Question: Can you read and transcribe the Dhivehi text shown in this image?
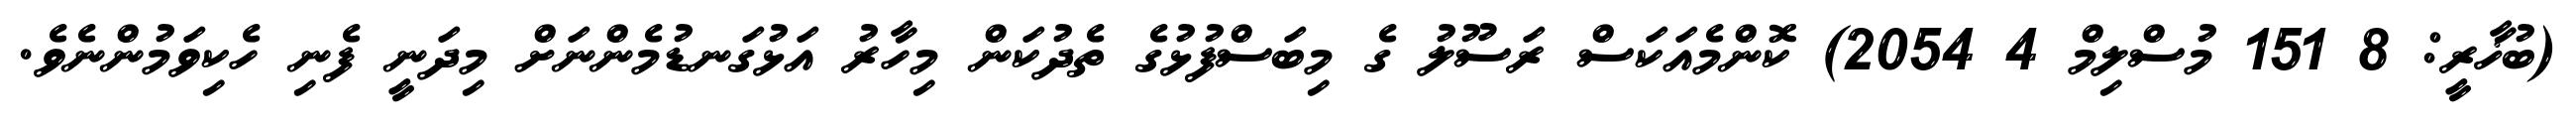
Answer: (ބުޚާރީ: 8 151 މުސްލިމް 4 2054) ކޮންމެއަކަސް ރަސޫލު ގެ މިބަސްފުޅުގެ ތެދުކަން މިހާރު އަޅުގަނޑުމެންނަށް މިދަނީ ފެނި ހެކިވަމުންނެވެ.